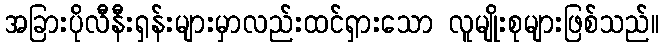
အခြားပိုလီနီးရှန်းများမှာလည်းထင်ရှားသော လူမျိုးစုများဖြစ်သည်။